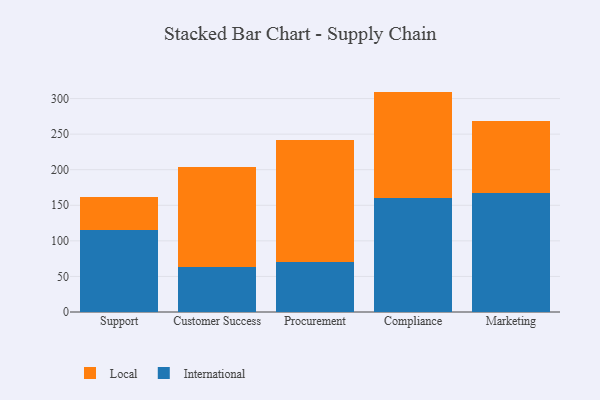
{"axis": {"x": "Department", "y": "Production Output"}, "legend": ["International", "Local"], "data": [{"x": "Support", "y": 115.9, "type": "International"}, {"x": "Support", "y": 45.9, "type": "Local"}, {"x": "Customer Success", "y": 62.8, "type": "International"}, {"x": "Customer Success", "y": 141.5, "type": "Local"}, {"x": "Procurement", "y": 70.2, "type": "International"}, {"x": "Procurement", "y": 171.7, "type": "Local"}, {"x": "Compliance", "y": 160.9, "type": "International"}, {"x": "Compliance", "y": 148.9, "type": "Local"}, {"x": "Marketing", "y": 166.9, "type": "International"}, {"x": "Marketing", "y": 101.5, "type": "Local"}]}